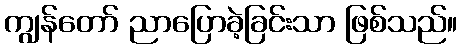
ကျွန်တော် ညာပြောခဲ့ခြင်းသာ ဖြစ်သည်။